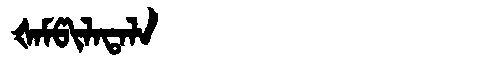
Manchu: ᡧᠠᠮᡦᡳᠯᠠᡨᠠᠯᠠ
Romanization: ŠAMPILATALA